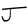
Character: J